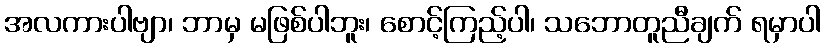
အလကားပါဗျာ၊ ဘာမှ မဖြစ်ပါဘူး၊ စောင့်ကြည့်ပါ၊ သဘောတူညီချက် ရမှာပါ